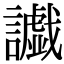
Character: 𮙅